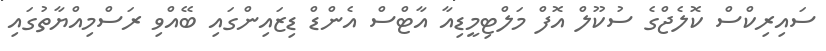
ސައިރިކްސް ކޮލެޖްގެ ސުކޫލް އޮފް މަލްޓިމީޑިއާ އާޓްސް އެންޑް ޑިޒައިންގައި ބޭއްވި ރަސްމިއްޔާތުގައި